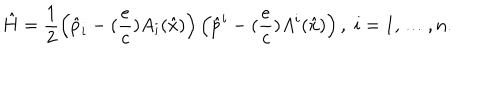
\hat { H } = \frac { 1 } { 2 } \left( \hat { p } _ { i } - ( \frac { e } { c } ) A _ { i } ( \hat { x } ) \right) \left( \hat { p } ^ { i } - ( \frac { e } { c } ) A ^ { i } ( \hat { x } ) \right) , \; i = 1 , \ldots , n .